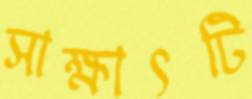
সাক্ষাৎটি